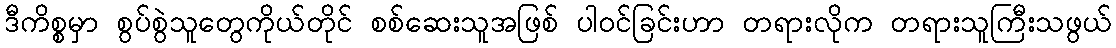
ဒီကိစ္စမှာ စွပ်စွဲသူတွေကိုယ်တိုင် စစ်ဆေးသူအဖြစ် ပါဝင်ခြင်းဟာ တရားလိုက တရားသူကြီးသဖွယ်